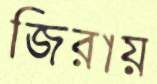
জিরায়